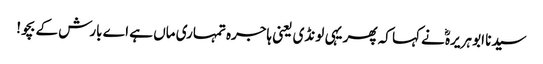
سیدنا ابو ہریرہؓ نے کہا کہ پھر یہی لونڈی یعنی ہاجرہ تمہاری ماں ہے اے بارش کے بچو!